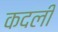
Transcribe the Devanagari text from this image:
कदलीं